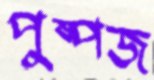
পুষ্পজ